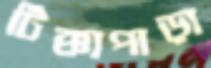
টিক্কাপাড়া